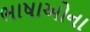
ભાષાઓના